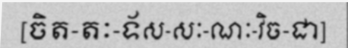
[ចិត-តៈ-ទ័ស-សៈ-ណៈ-វិច-ជា]